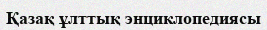
Қазақ ұлттық энциклопедиясы